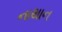
નાથાન